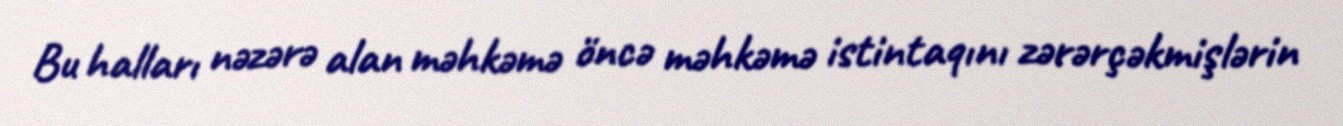
Bu halları nəzərə alan məhkəmə öncə məhkəmə istintaqını zərərçəkmişlərin